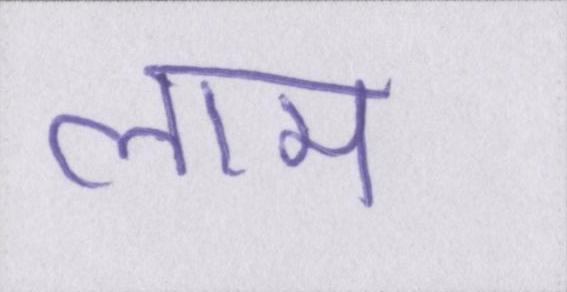
लाम